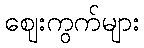
ဈေးကွက်များ